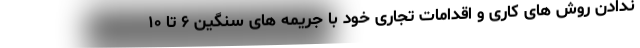
ندادن روش های کاری و اقدامات تجاری خود با جریمه های سنگین ۶ تا ۱۰